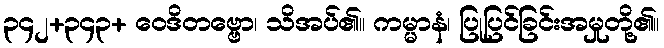
၃၄၂+၃၄၃+ ဝေဒိတဗ္ဗော၊ သိအပ်၏။ ကမ္မာနံ၊ ပြုပြင်ခြင်းအမှုတို့၏။